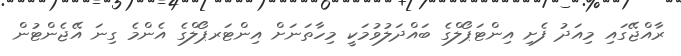
ރާއްޖޭގައި މިއަދު ފެށި އިންޓަޕޯލްގެ ބައްދަލުވުމަކީ މިހާތަނަށް އިންޓަރޕޯލްގެ އެންމެ ގިނަ އޭޖެންޓުން